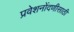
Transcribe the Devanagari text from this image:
प्रवेशनोंदणीसाठी